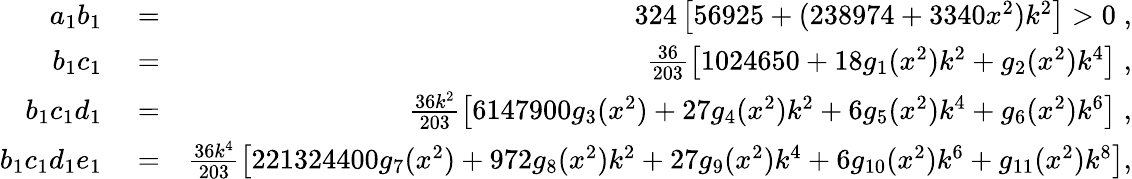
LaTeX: \begin{array}{rlr}{a_{1}b_{1}}&{{}=}&{324\left[56925+(238974+3340x^{2})k^{2}\right]>0\; ,}\\ {b_{1}c_{1}}&{{}=}&{\frac{36}{203}\left[1024650+18g_{1}(x^{2})k^{2}+g_{2}(x^{2})k^{4}\right]\; ,}\\ {b_{1}c_{1}d_{1}}&{{}=}&{\frac{36k^{2}}{203}\left[6147900g_{3}(x^{2})+27g_{4}(x^{2})k^{2}+6g_{5}(x^{2})k^{4}+g_{6}(x^{2})k^{6}\right]\; ,}\\ {b_{1}c_{1}d_{1}e_{1}}&{{}=}&{\frac{36k^{4}}{203}\left[221324400g_{7}(x^{2})+972g_{8}(x^{2})k^{2}+27g_{9}(x^{2})k^{4}+6g_{10}(x^{2})k^{6}+g_{11}(x^{2})k^{8}\right],}\end{array}